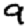
Digit: 9